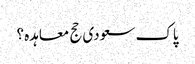
پاک سعودی حج معاہدہ ؟